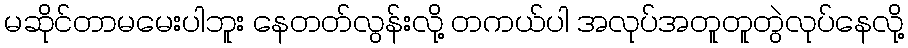
မဆိုင်တာမမေးပါဘူး နေတတ်လွန်းလို့ တကယ်ပါ အလုပ်အတူတူတွဲလုပ်နေလို့